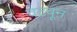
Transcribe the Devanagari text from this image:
वटवून